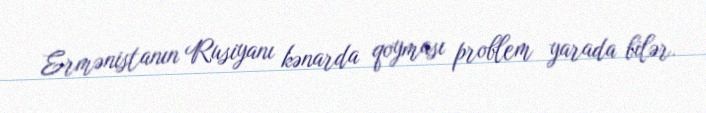
Ermənistanın Rusiyanı kənarda qoyması problem yarada bilər.